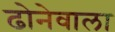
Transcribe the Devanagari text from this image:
ढोनेवाला